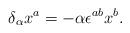
LaTeX: \begin{align*}\delta _{\alpha }x^{a}=-\alpha \epsilon ^{ab}x^{b}. \end{align*}